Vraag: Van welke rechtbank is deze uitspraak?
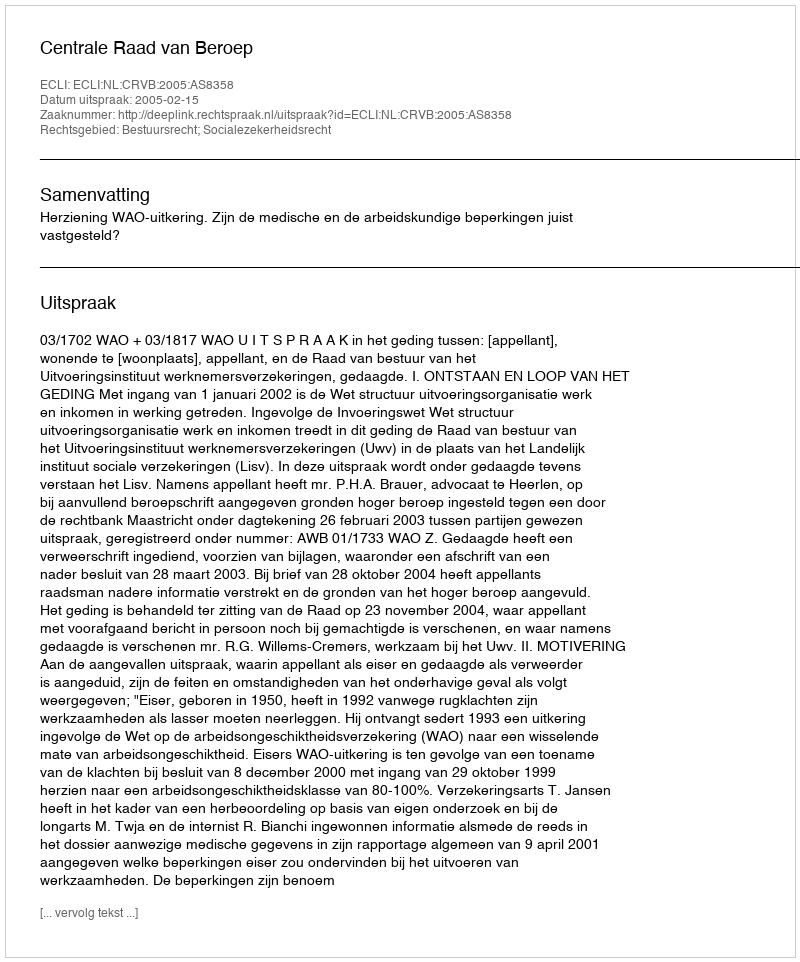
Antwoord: Centrale Raad van Beroep